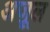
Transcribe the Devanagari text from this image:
अज़ूल